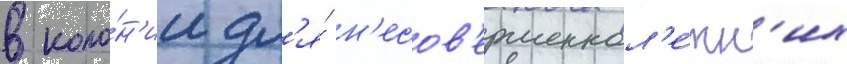
в коло́н'ии дл'я́ н'есов'ершеннол'е́тн'их